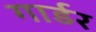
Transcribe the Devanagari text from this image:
गार्डर